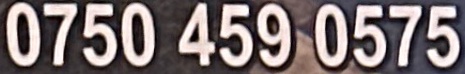
0750 459 0575